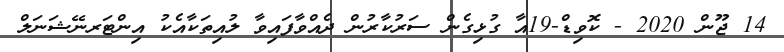
14 ޖޫން 2020 - ކޮވިޑް-19އާ ގުޅިގެން ސަރުކާރުން ދެއްވާފައިވާ ލުއިތަކާއެކު އިންޓަރނޭޝަނަލް